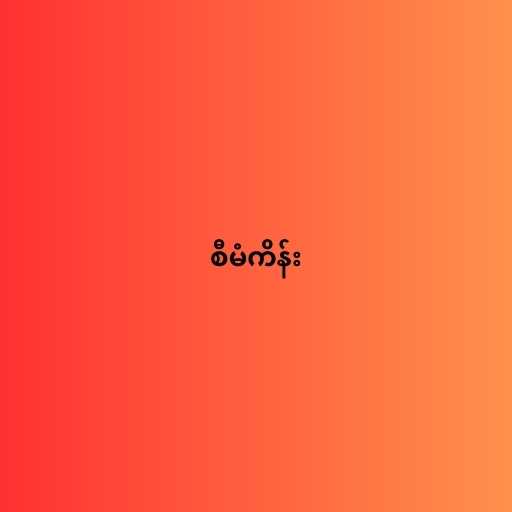
စီမံကိန်း